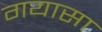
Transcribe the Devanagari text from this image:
गयासा